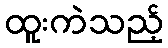
ထူးကဲသည့်